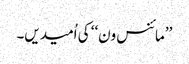
’’مائنس ون‘‘ کی اُمیدیں۔